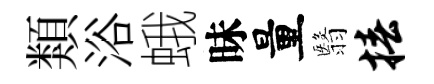
類浴蛾昧量翳椿